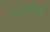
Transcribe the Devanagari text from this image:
भौतिकविदाशी